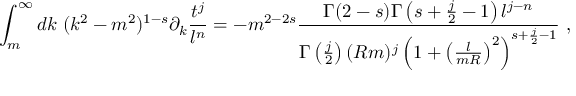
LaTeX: \int _ { m } ^ { \infty } d k \ ( k ^ { 2 } - m ^ { 2 } ) ^ { 1 - s } \partial _ { k } \frac { t ^ { j } } { l ^ { n } } = - m ^ { 2 - 2 s } \frac { \Gamma ( 2 - s ) \Gamma \left( s + \frac j 2 - 1 \right) l ^ { j - n } } { \Gamma \left( \frac j 2 \right) ( R m ) ^ { j } \left( 1 + \left( \frac { l } { m R } \right) ^ { 2 } \right) ^ { s + \frac j 2 - 1 } } \ ,